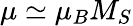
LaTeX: \mu\simeq\mu_{B}M_{S}